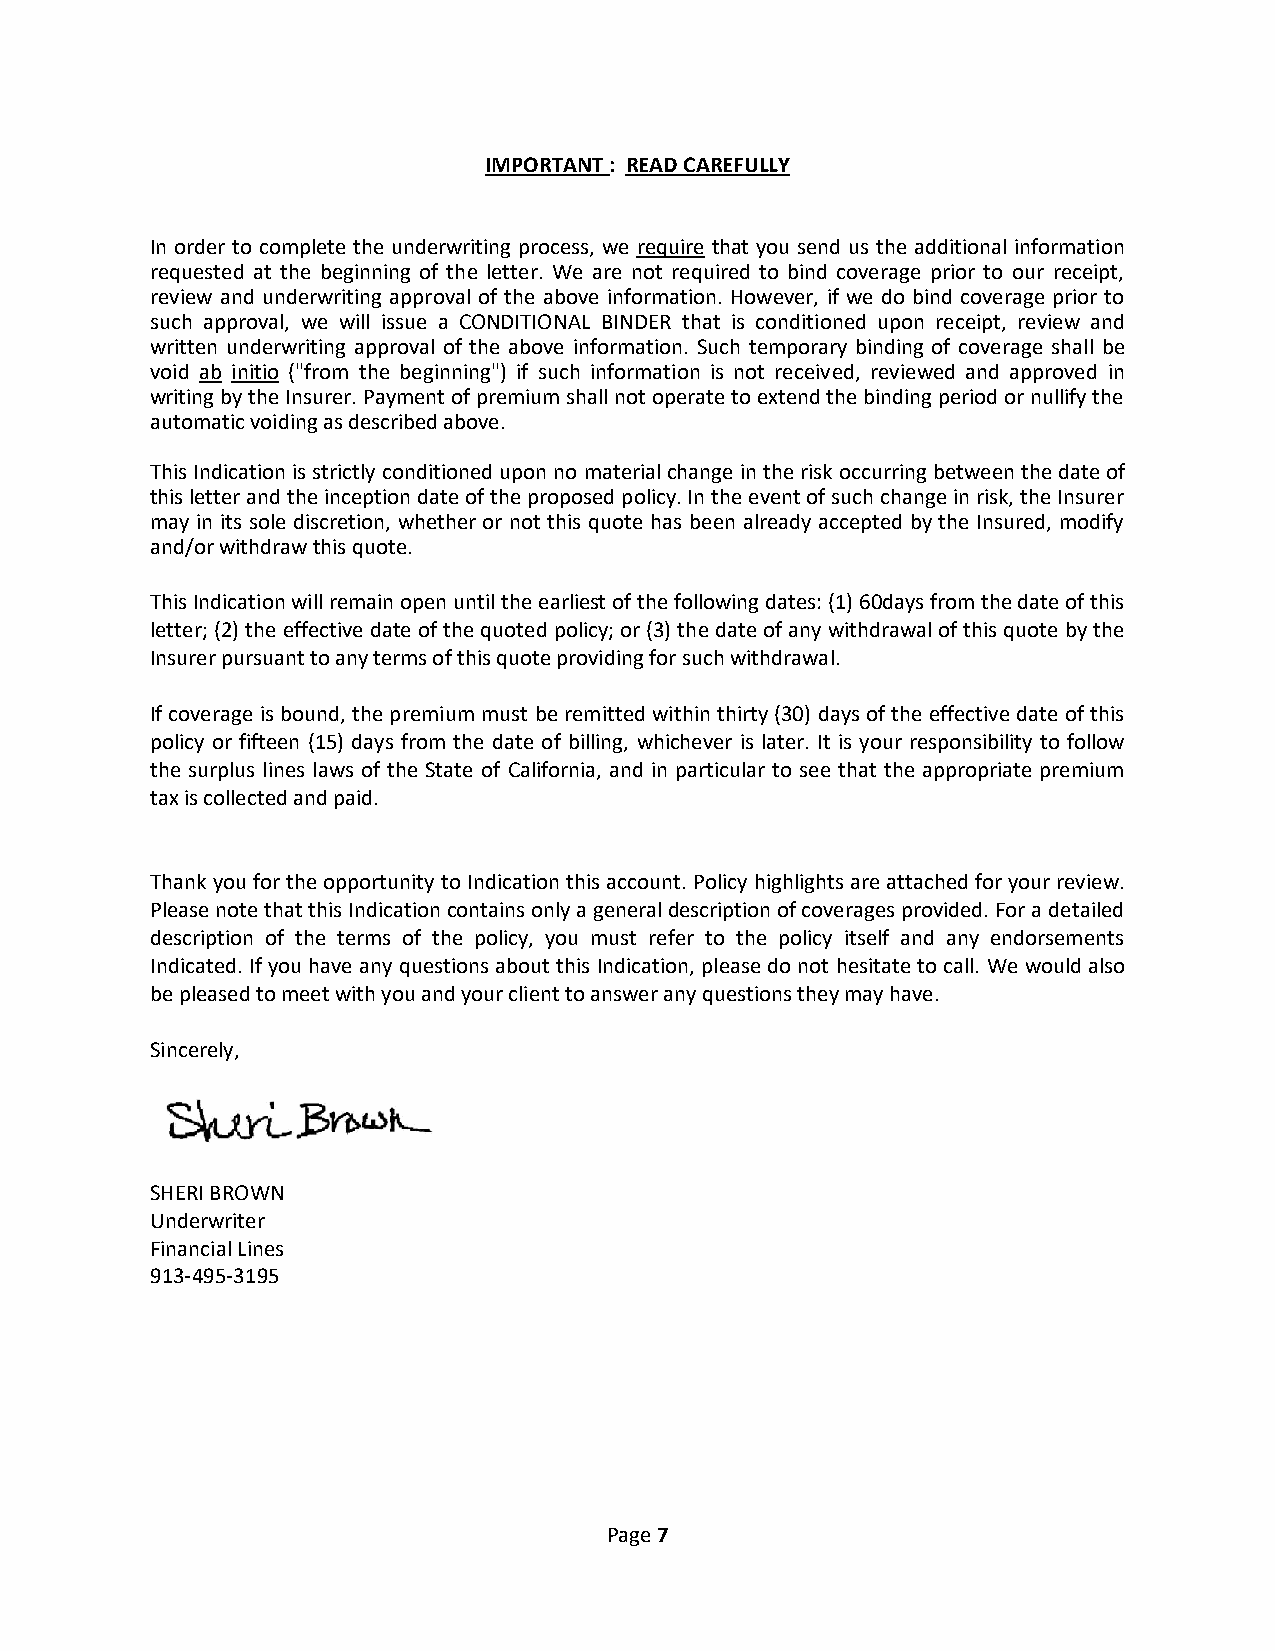
IMPORTANT : READ CAREFULLY
 In order to complete the underwriting process, we require that you send us the additional information
 requested at the beginning of the letter. We are not required to bind coverage prior to our receipt,
 review and underwriting approval of the above information. However, if we do bind coverage prior to
 such approval, we will issue a CONDITIONAL BINDER that is conditioned upon receipt, review and
 written underwriting approval of the above information. Such temporary binding of coverage shall be
 void ab initio ("from the beginning") if such information is not received, reviewed and approved in
 writing by the Insurer. Payment of premium shall not operate to extend the binding period or nullify the
 automatic voiding as described above.
 This Indication is strictly conditioned upon no material change in the risk occurring between the date of
 this letter and the inception date of the proposed policy. In the event of such change in risk, the Insurer
 may in its sole discretion, whether or not this quote has been already accepted by the Insured, modify
 and/or withdraw this quote.
 This Indication will remain open until the earliest of the following dates: (1) 60days from the date of this
 letter; (2) the effective date of the quoted policy; or (3) the date of any withdrawal of this quote by the
 Insurer pursuant to any terms of this quote providing for such withdrawal.
 If coverage is bound, the premium must be remitted within thirty (30) days of the effective date of this
 policy or fifteen (15) days from the date of billing, whichever is later. It is your responsibility to follow
 the surplus lines laws of the State of California, and in particular to see that the appropriate premium
 tax is collected and paid.
 Thank you for the opportunity to Indication this account. Policy highlights are attached for your review.
 Please note that this Indication contains only a general description of coverages provided. For a detailed
 description of the terms of the policy, you must refer to the policy itself and any endorsements
 Indicated. If you have any questions about this Indication, please do not hesitate to call. We would also
 be pleased to meet with you and your client to answer any questions they may have.
 Sincerely,
 SHERI BROWN
 Underwriter
 Financial Lines
 913-495-3195
 Page 7